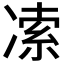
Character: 𰄅